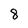
Character: 8